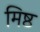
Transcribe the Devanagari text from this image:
मिष्ठ